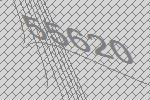
55620